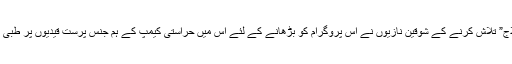
ہم جنس پرستی کے لئے “علاج” تلاش کرنے کے شوقین نازیوں نے اس پروگرام کو بڑھانے کے لئے اس میں حراستی کیمپ کے ہم جنس پرست قیدیوں پر طبی تجربے کرنا بھی شامل کیے۔